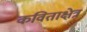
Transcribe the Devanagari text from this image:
कविताक्षेत्र